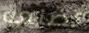
تصنعه